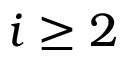
i \geq 2